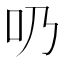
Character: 𠮨